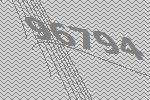
96794